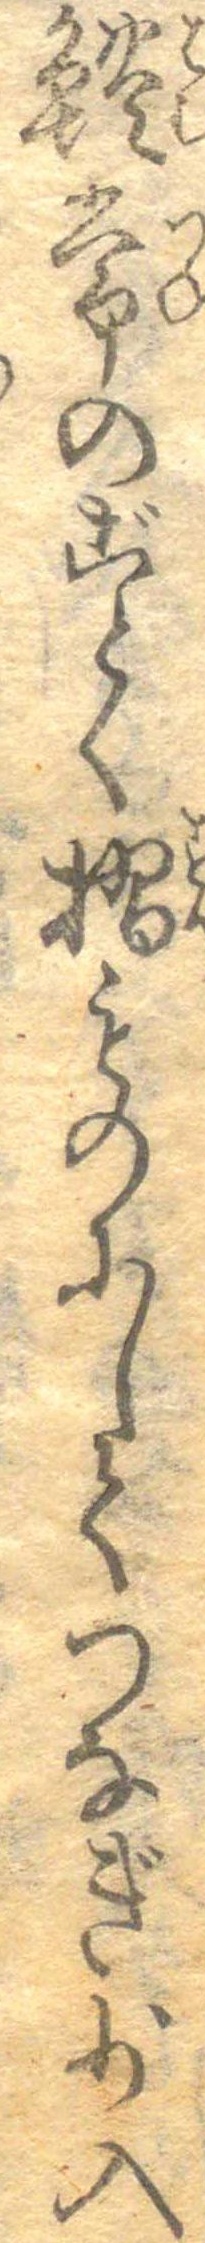
鱧常のごとく摺ものにしてつなぎ少入